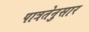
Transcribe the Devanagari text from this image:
पात्रतेनुसार